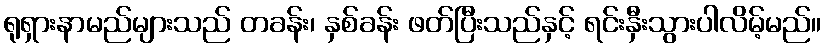
ရုရှားနာမည်များသည် တခန်း၊ နှစ်ခန်း ဖတ်ပြီးသည်နှင့် ရင်းနှီးသွားပါလိမ့်မည်။